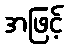
အဖြင့်